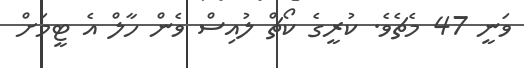
ވަނީ 47 މެޗެވެ. ކުރީގެ ކޯޗް ލުއިސް ވެން ހާލް އެ ޓީމަށް